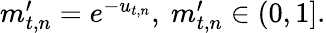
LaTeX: \begin{array}{r}{m_{t,n}^{\prime}=e^{-u_{t,n}},~m_{t,n}^{\prime}\in(0,1].}\end{array}